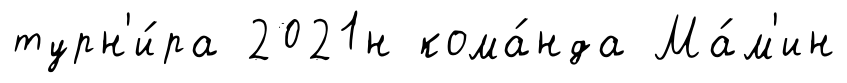
турн'и́ра 2021н кома́нда Ма́м'ин